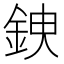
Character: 𨦢